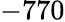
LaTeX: -770